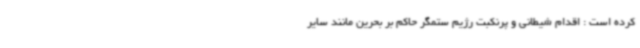
کرده است : اقدام شیطانی و پرنکبت رژیم ستمگر حاکم بر بحرین مانند سایر